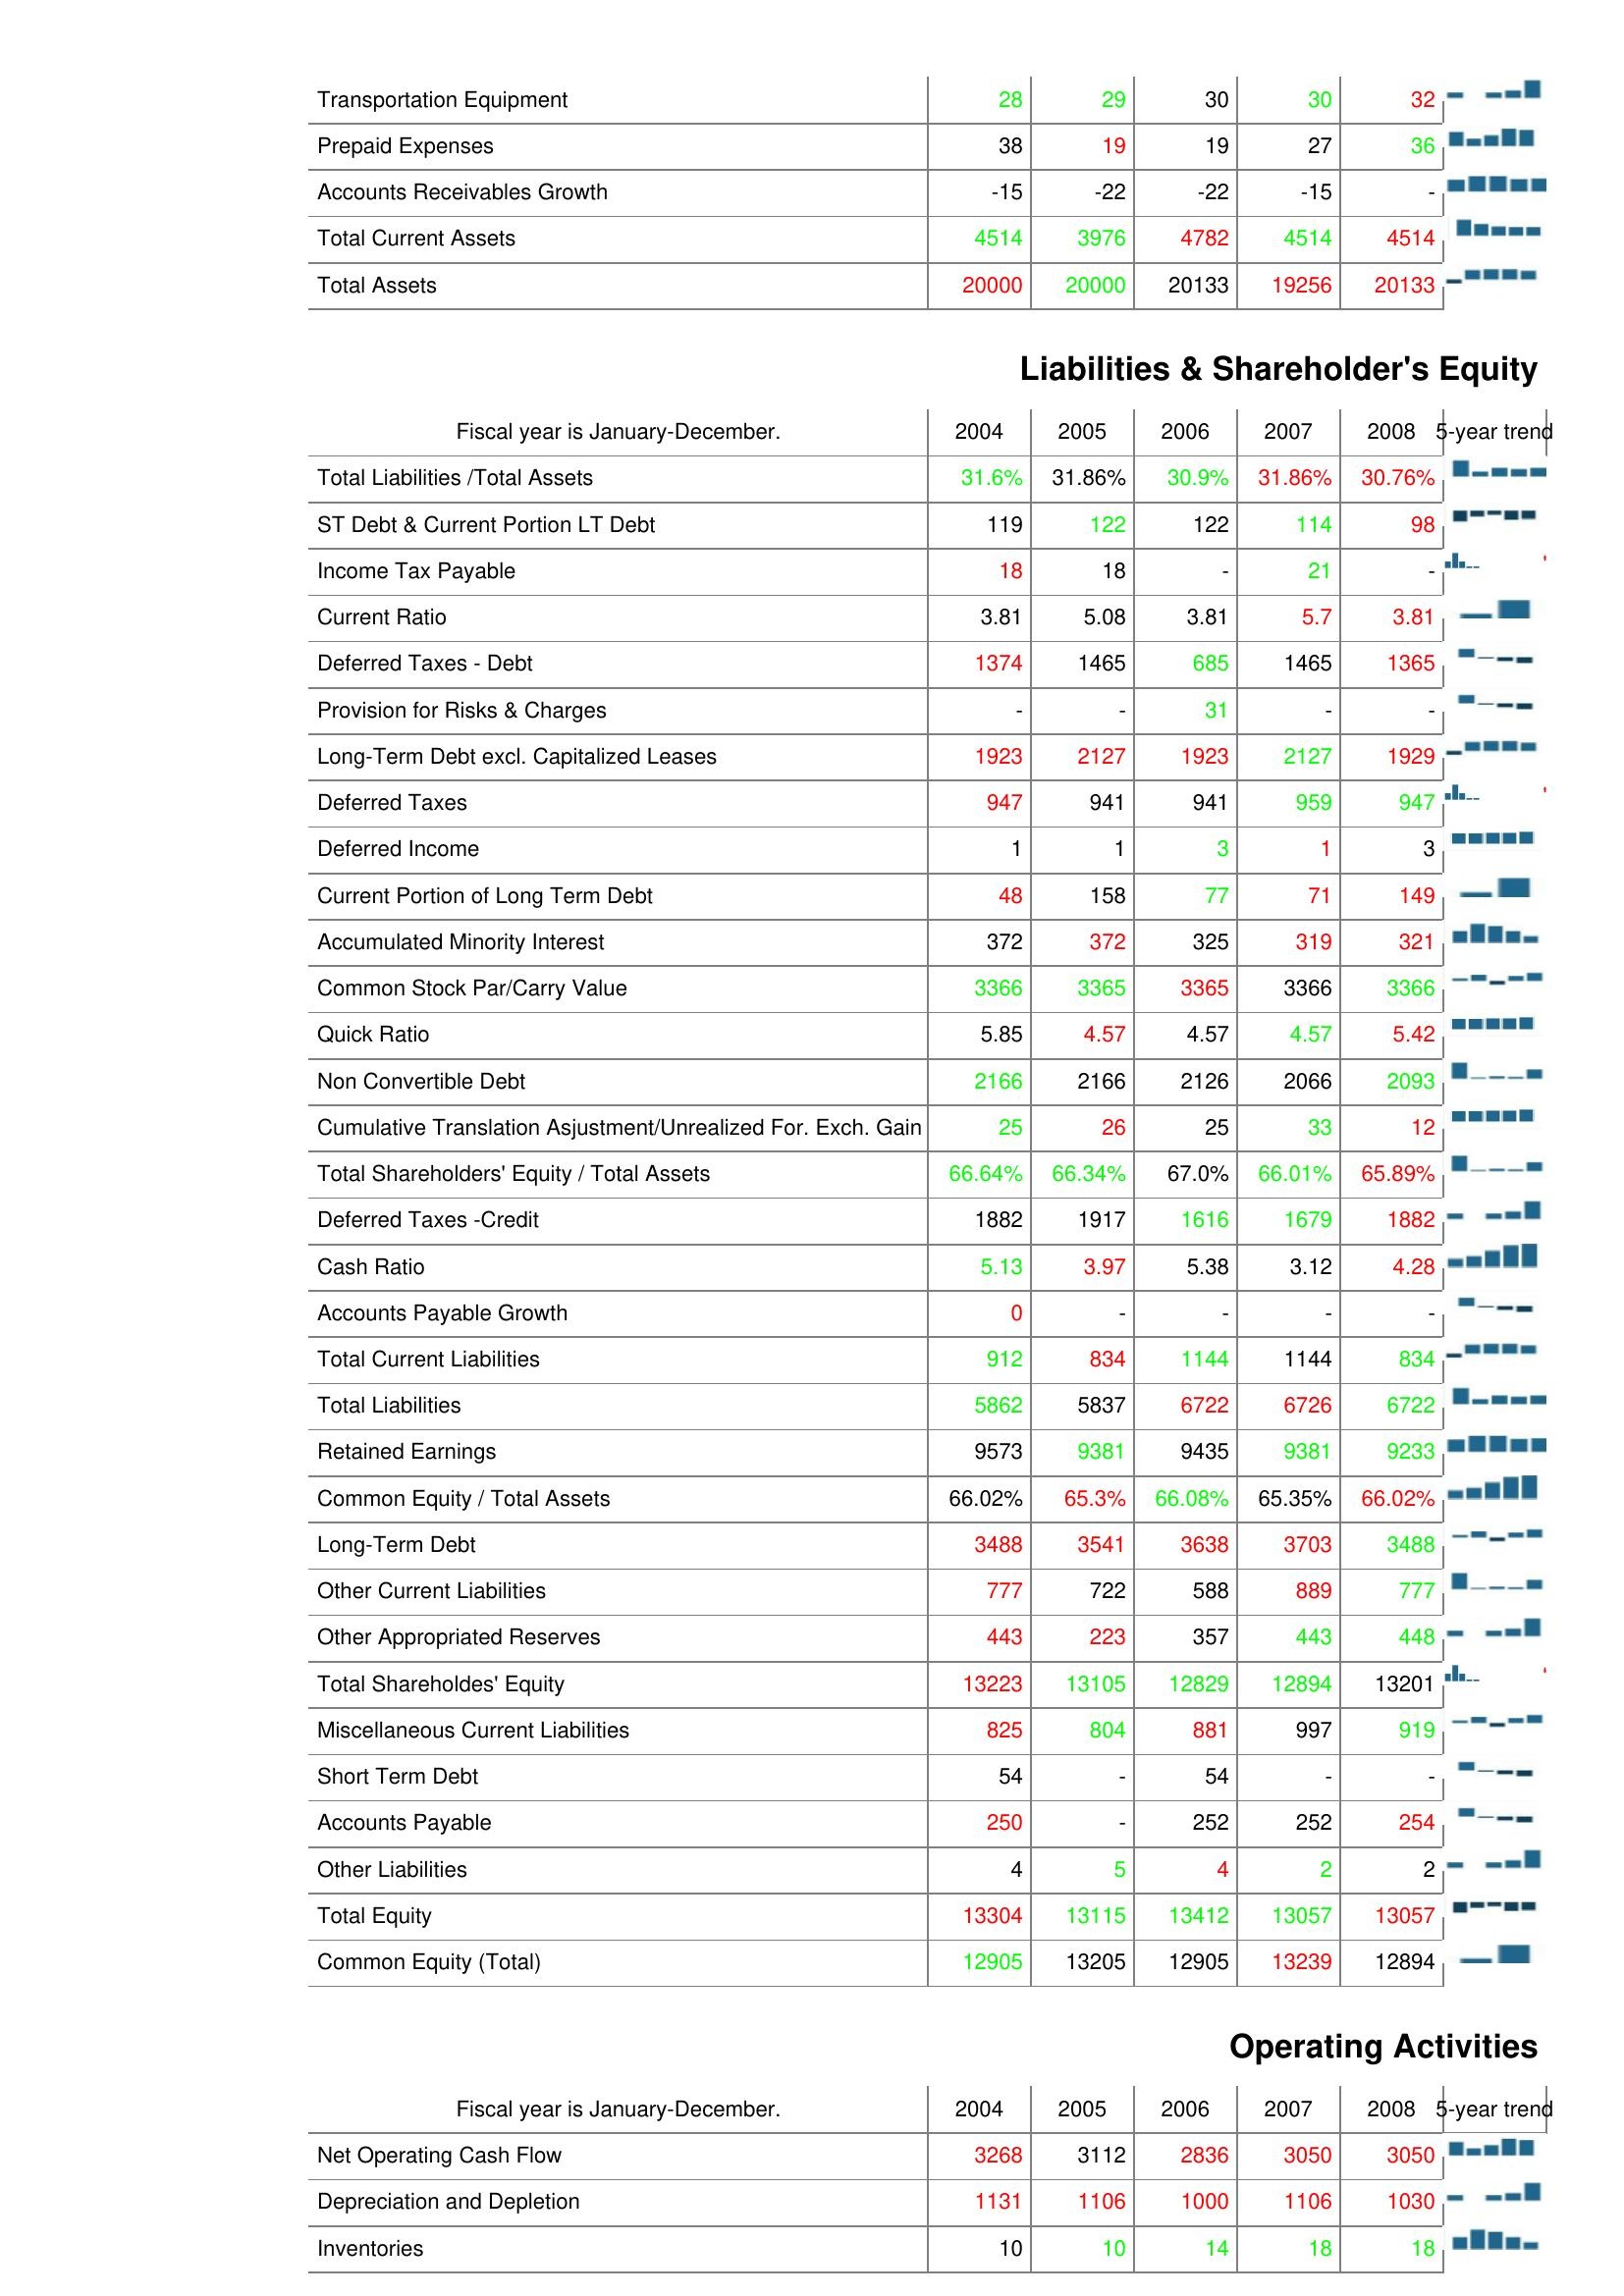
2004: Assets: Transportation Equipment: 28
Prepaid Expenses: 38
Accounts Receivables Growth: -15
Total Current Assets: 4514
Total Assets: 20000
Liabilities & Shareholder's Equity: Total Liabilities /Total Assets: 31.6%
ST Debt & Current Portion LT Debt: 119
Income Tax Payable: 18
Current Ratio: 3.81
Deferred Taxes - Debt: 1374
Provision for Risks & Charges: -
Long-Term Debt excl. Capitalized Leases: 1923
Deferred Taxes: 947
Deferred Income: 1
Current Portion of Long Term Debt: 48
Accumulated Minority Interest: 372
Common Stock Par/Carry Value: 3366
Quick Ratio: 5.85
Non Convertible Debt: 2166
Cumulative Translation Asjustment/Unrealized For. Exch. Gain: 25
Total Shareholders' Equity / Total Assets: 66.64%
Deferred Taxes -Credit: 1882
Cash Ratio: 5.13
Accounts Payable Growth: 0
Total Current Liabilities: 912
Total Liabilities: 5862
Retained Earnings: 9573
Common Equity / Total Assets: 66.02%
Long-Term Debt: 3488
Other Current Liabilities: 777
Other Appropriated Reserves: 443
Total Shareholdes' Equity: 13223
Miscellaneous Current Liabilities: 825
Short Term Debt: 54
Accounts Payable: 250
Other Liabilities: 4
Total Equity: 13304
Common Equity (Total): 12905
Operating Activities: Net Operating Cash Flow: 3268
Depreciation and Depletion: 1131
Inventories: 10
2005: Assets: Transportation Equipment: 29
Prepaid Expenses: 19
Accounts Receivables Growth: -22
Total Current Assets: 3976
Total Assets: 20000
Liabilities & Shareholder's Equity: Total Liabilities /Total Assets: 31.86%
ST Debt & Current Portion LT Debt: 122
Income Tax Payable: 18
Current Ratio: 5.08
Deferred Taxes - Debt: 1465
Provision for Risks & Charges: -
Long-Term Debt excl. Capitalized Leases: 2127
Deferred Taxes: 941
Deferred Income: 1
Current Portion of Long Term Debt: 158
Accumulated Minority Interest: 372
Common Stock Par/Carry Value: 3365
Quick Ratio: 4.57
Non Convertible Debt: 2166
Cumulative Translation Asjustment/Unrealized For. Exch. Gain: 26
Total Shareholders' Equity / Total Assets: 66.34%
Deferred Taxes -Credit: 1917
Cash Ratio: 3.97
Accounts Payable Growth: -
Total Current Liabilities: 834
Total Liabilities: 5837
Retained Earnings: 9381
Common Equity / Total Assets: 65.3%
Long-Term Debt: 3541
Other Current Liabilities: 722
Other Appropriated Reserves: 223
Total Shareholdes' Equity: 13105
Miscellaneous Current Liabilities: 804
Short Term Debt: -
Accounts Payable: -
Other Liabilities: 5
Total Equity: 13115
Common Equity (Total): 13205
Operating Activities: Net Operating Cash Flow: 3112
Depreciation and Depletion: 1106
Inventories: 10
2006: Assets: Transportation Equipment: 30
Prepaid Expenses: 19
Accounts Receivables Growth: -22
Total Current Assets: 4782
Total Assets: 20133
Liabilities & Shareholder's Equity: Total Liabilities /Total Assets: 30.9%
ST Debt & Current Portion LT Debt: 122
Income Tax Payable: -
Current Ratio: 3.81
Deferred Taxes - Debt: 685
Provision for Risks & Charges: 31
Long-Term Debt excl. Capitalized Leases: 1923
Deferred Taxes: 941
Deferred Income: 3
Current Portion of Long Term Debt: 77
Accumulated Minority Interest: 325
Common Stock Par/Carry Value: 3365
Quick Ratio: 4.57
Non Convertible Debt: 2126
Cumulative Translation Asjustment/Unrealized For. Exch. Gain: 25
Total Shareholders' Equity / Total Assets: 67.0%
Deferred Taxes -Credit: 1616
Cash Ratio: 5.38
Accounts Payable Growth: -
Total Current Liabilities: 1144
Total Liabilities: 6722
Retained Earnings: 9435
Common Equity / Total Assets: 66.08%
Long-Term Debt: 3638
Other Current Liabilities: 588
Other Appropriated Reserves: 357
Total Shareholdes' Equity: 12829
Miscellaneous Current Liabilities: 881
Short Term Debt: 54
Accounts Payable: 252
Other Liabilities: 4
Total Equity: 13412
Common Equity (Total): 12905
Operating Activities: Net Operating Cash Flow: 2836
Depreciation and Depletion: 1000
Inventories: 14
2007: Assets: Transportation Equipment: 30
Prepaid Expenses: 27
Accounts Receivables Growth: -15
Total Current Assets: 4514
Total Assets: 19256
Liabilities & Shareholder's Equity: Total Liabilities /Total Assets: 31.86%
ST Debt & Current Portion LT Debt: 114
Income Tax Payable: 21
Current Ratio: 5.7
Deferred Taxes - Debt: 1465
Provision for Risks & Charges: -
Long-Term Debt excl. Capitalized Leases: 2127
Deferred Taxes: 959
Deferred Income: 1
Current Portion of Long Term Debt: 71
Accumulated Minority Interest: 319
Common Stock Par/Carry Value: 3366
Quick Ratio: 4.57
Non Convertible Debt: 2066
Cumulative Translation Asjustment/Unrealized For. Exch. Gain: 33
Total Shareholders' Equity / Total Assets: 66.01%
Deferred Taxes -Credit: 1679
Cash Ratio: 3.12
Accounts Payable Growth: -
Total Current Liabilities: 1144
Total Liabilities: 6726
Retained Earnings: 9381
Common Equity / Total Assets: 65.35%
Long-Term Debt: 3703
Other Current Liabilities: 889
Other Appropriated Reserves: 443
Total Shareholdes' Equity: 12894
Miscellaneous Current Liabilities: 997
Short Term Debt: -
Accounts Payable: 252
Other Liabilities: 2
Total Equity: 13057
Common Equity (Total): 13239
Operating Activities: Net Operating Cash Flow: 3050
Depreciation and Depletion: 1106
Inventories: 18
2008: Assets: Transportation Equipment: 32
Prepaid Expenses: 36
Accounts Receivables Growth: -
Total Current Assets: 4514
Total Assets: 20133
Liabilities & Shareholder's Equity: Total Liabilities /Total Assets: 30.76%
ST Debt & Current Portion LT Debt: 98
Income Tax Payable: -
Current Ratio: 3.81
Deferred Taxes - Debt: 1365
Provision for Risks & Charges: -
Long-Term Debt excl. Capitalized Leases: 1929
Deferred Taxes: 947
Deferred Income: 3
Current Portion of Long Term Debt: 149
Accumulated Minority Interest: 321
Common Stock Par/Carry Value: 3366
Quick Ratio: 5.42
Non Convertible Debt: 2093
Cumulative Translation Asjustment/Unrealized For. Exch. Gain: 12
Total Shareholders' Equity / Total Assets: 65.89%
Deferred Taxes -Credit: 1882
Cash Ratio: 4.28
Accounts Payable Growth: -
Total Current Liabilities: 834
Total Liabilities: 6722
Retained Earnings: 9233
Common Equity / Total Assets: 66.02%
Long-Term Debt: 3488
Other Current Liabilities: 777
Other Appropriated Reserves: 448
Total Shareholdes' Equity: 13201
Miscellaneous Current Liabilities: 919
Short Term Debt: -
Accounts Payable: 254
Other Liabilities: 2
Total Equity: 13057
Common Equity (Total): 12894
Operating Activities: Net Operating Cash Flow: 3050
Depreciation and Depletion: 1030
Inventories: 18